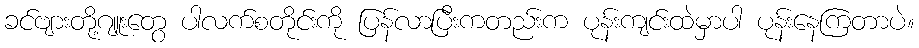
ခင်ဗျားတို့ဂျူးတွေ ပါလက်စတိုင်းကို ပြန်လာပြီးကတည်းက ပုန်းကျင်းထဲမှာပါ ပုန်းနေကြတာပဲ။